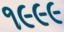
૧૯૯૯